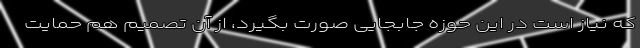
که نیاز است در این حوزه جابجایی صورت بگیرد، از آن تصمیم هم حمایت